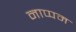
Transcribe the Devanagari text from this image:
नाप्पम